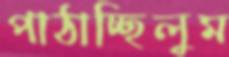
পাঠাচ্ছিলুম